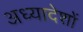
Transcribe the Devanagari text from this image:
अध्‍यादेशों